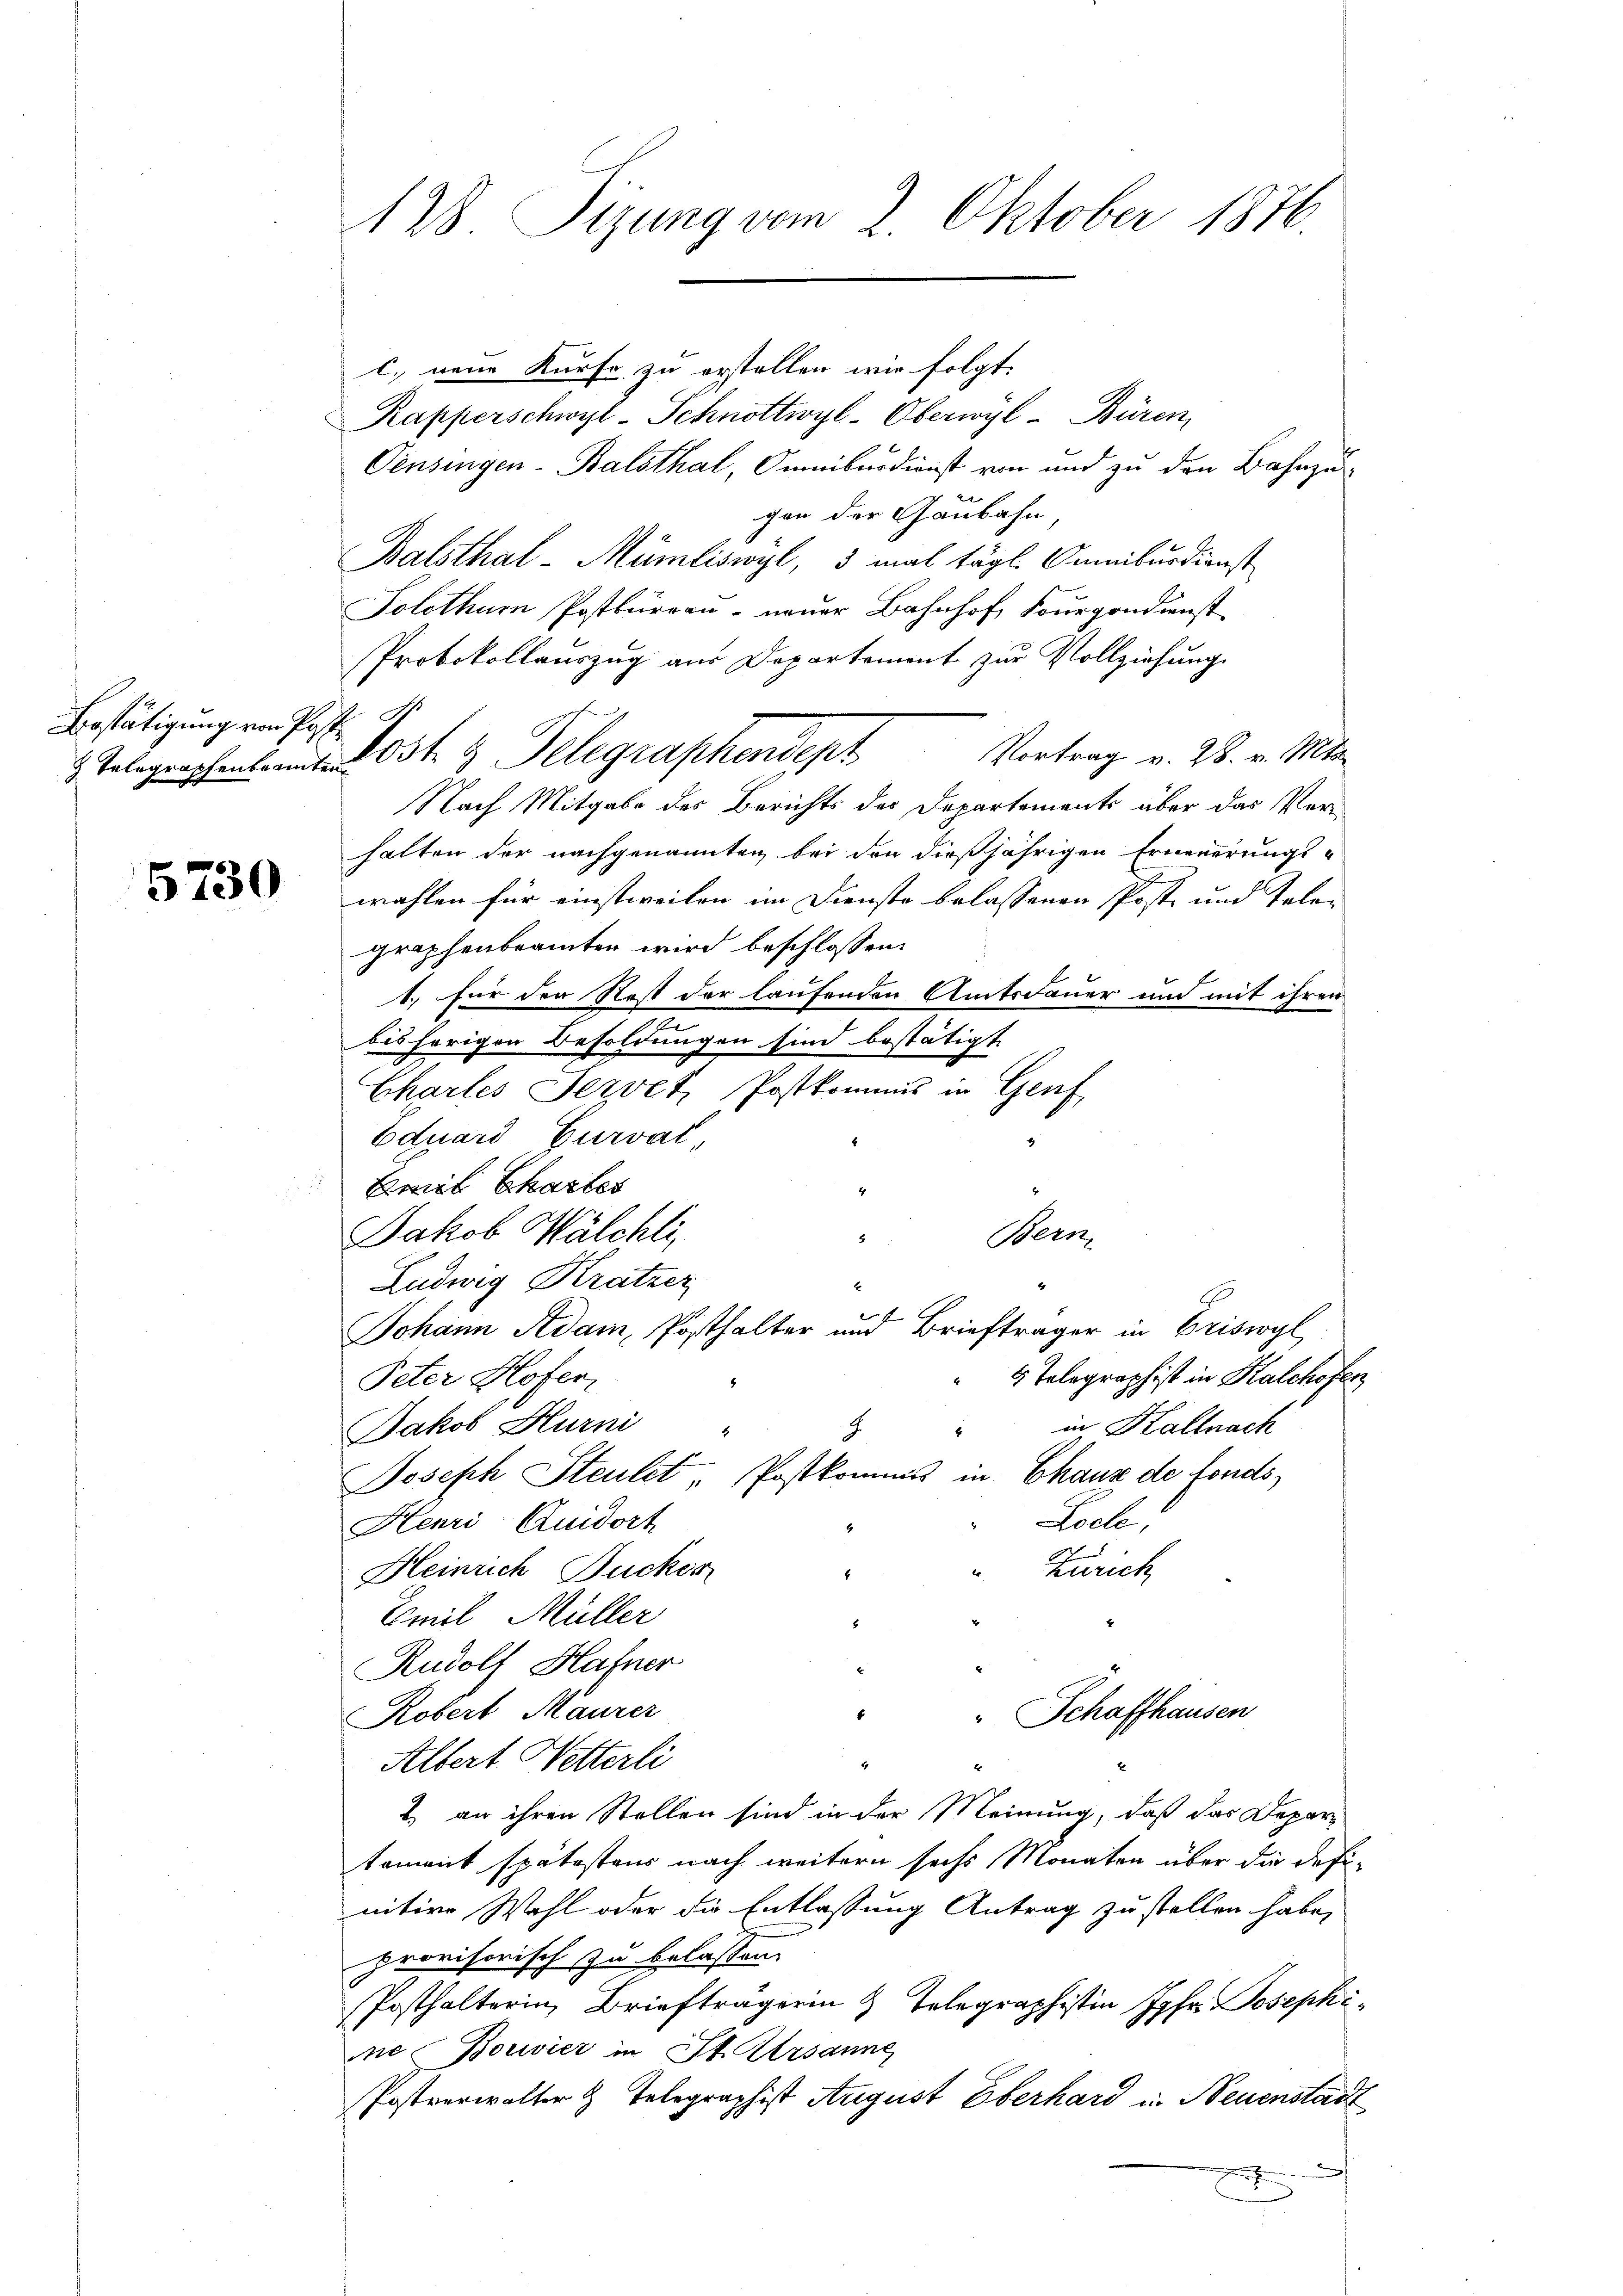
Bestätigung von Poste

5730

128 Tizung vom 2. Oktober 1876.

c. neue Kurse zu erstellen wir folgt.
Rapperschwyl-Schnöttwyl-Oberwyl -Büren,
Pensingen-Balsthal, Omniburdienst von und zu den Bahnzu-
2
gen der Ganbahn
Balsthal-Mümliswyl, 3 mal tägl. Omnibusdienst
Solothurn Postbüreau neuer Bahnhof Sourgondienst
Protokollauszug aus Departement zur Vollziehung
Vortrag v. 28. v. Mts.
Nach Mitgabe des Berichts der Departements über das Verhalten der nachgenannten bei den dießjährigen Erneuerungs-
wahlen für einstweilen im Dienste belassenen Poste und Talen |
graphenbeamten wird beschlossen:
1.) Für der Rost der laufenden Amtsdauer und mit ihren
bis hörigen Besoldungen sind bestätigt.
Chartes Servet, Postkommis in Genf
Eduard Curvat
Emil Chartes
4
Jakob Wälchli
Bern.
Ludwig Kratzer
4
Johann Adam, Posthalter und Briefträger in Briswyl,
4 Telegraphist in Kalchofer
Peter Hofer
in Kallnach
Jakob Hurni
Joseph Steutet Postkommis in Chaux de fonds¬
Locle;
Henri Quidort
Zürich
8
Heinrich Duckor
Emil Müller
8
Rudolf Hafner
Robert Maurer
Schaffhausen
Albert Wetterli
x
2. an ihren Stellen sind in der Meinung, daß das Departament spätestens nach weitern sechs Monaten über die defi
nitive Wahl oder die Entlassung Antrag zu stellen habe,
provisorisch zu belassen.
Posthalterin, Briefträgerin & Telegraphistin Jahr Josephi
ne Bouvier in St. Ursanne
Postverwalter & Telegraphist August Oberhard u. Neuenstatx

Telegraphenbeamten Ost 3 Telegraphendept